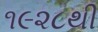
૧૯૨૮થી